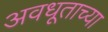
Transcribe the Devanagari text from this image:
अवधूताच्या